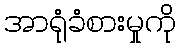
အာရုံခံစားမှုကို